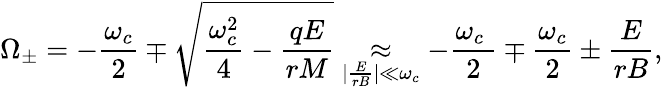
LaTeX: \Omega_{\pm}=-\frac{\omega_{c}}{2}\mp\sqrt{\frac{\omega_{c}^{2}}{4}-\frac{qE}{rM}}\underset{|\frac{E}{rB}|\ll\omega_{c}}{\approx}-\frac{\omega_{c}~}{2}\mp\frac{\omega_{c}}{2}\pm\frac{E}{rB},